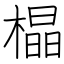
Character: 橸